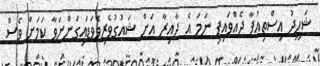
ޝަހީދު އިސްތިއުފާ ދެއްވައިފި ނަމަ އެ ދާއިރާ އަށް ޝައުގުވެރިވެވަޑައިގަންނަވާ ކަމަށް ވެސް